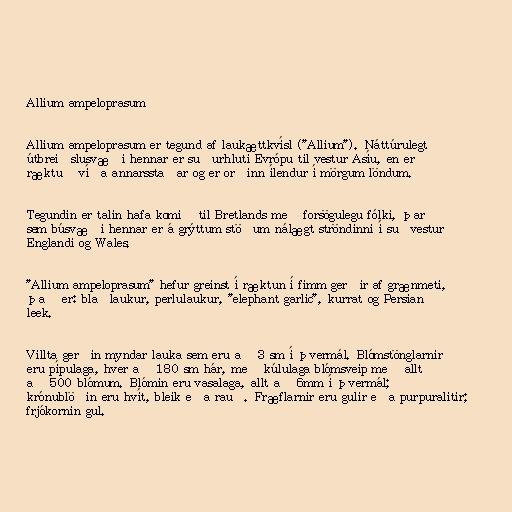
Allium ampeloprasum

Allium ampeloprasum er tegund af laukættkvísl ("Allium"). Náttúrulegt
útbreiðslusvæði hennar er suðurhluti Evrópu til vestur Asíu, en er
ræktuð víða annarsstaðar og er orðinn ílendur í mörgum löndum.

Tegundin er talin hafa komið til Bretlands með forsögulegu fólki, þar
sem búsvæði hennar er á grýttum stöðum nálægt ströndinni í suðvestur
Englandi og Wales.

"Allium ampeloprasum" hefur greinst í ræktun í fimm gerðir af grænmeti,
það er: blaðlaukur, perlulaukur, "elephant garlic", kurrat og Persian
leek.

Villta gerðin myndar lauka sem eru að 3 sm í þvermál. Blómstönglarnir
eru pípulaga, hver að 180 sm hár, með kúlulaga blómsveip með allt
að 500 blómum. Blómin eru vasalaga, allt að 6mm í þvermál;
krónublöðin eru hvít, bleik eða rauð. Fræflarnir eru gulir eða purpuralitir;
frjókornin gul.